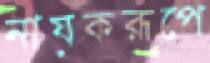
নায়করূপে